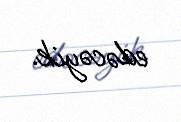
edəcəyik.